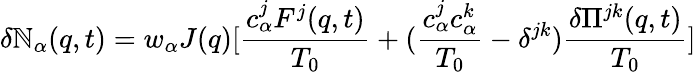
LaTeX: \delta\mathbb{N}_{\alpha}({q},t)=w_{\alpha}J({q})[\frac{{{c}_{\alpha}^{j}{F}^{j}({q},t)}}{{T_{0}}}+(\frac{{{c}_{\alpha}^{j}{c}_{\alpha}^{k}}}{{T_{0}}}-\delta^{jk})\frac{{\delta{\Pi}^{jk}({q},t)}}{{T_{0}}}]